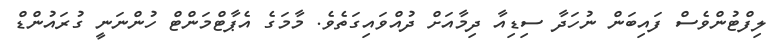
ލިފްޓުންވެސް ފައިބަން ނުހަދާ ސިޑިއާ ދިމާއަށް ދުއްވައިގަތެވެ. މާމަގެ އެޕާޓްމަންޓް ހުންނަނީ ގުރައުންޑް